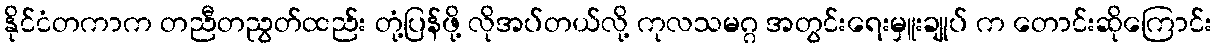
နိုင်ငံတကာက တညီတညွတ်ထည်း တုံ့ပြန်ဖို့ လိုအပ်တယ်လို့ ကုလသမဂ္ဂ အတွင်းရေးမှူးချုပ် က တောင်းဆိုကြောင်း